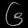
Digit: ၆